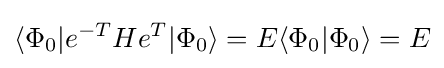
\langle \Phi _{0}|e^{-T}He^{T}|\Phi _{0}\rangle =E\langle \Phi _{0}|\Phi _{0}\rangle =E